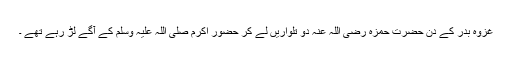
غزوہ بدر کے دن حضرت حمزہ رضی اللہ عنہ دو تلواریں لے کر حضور اکرم صلی اللہ علیہ وسلم کے آگے لڑ رہے تھے ۔